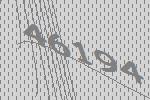
46194